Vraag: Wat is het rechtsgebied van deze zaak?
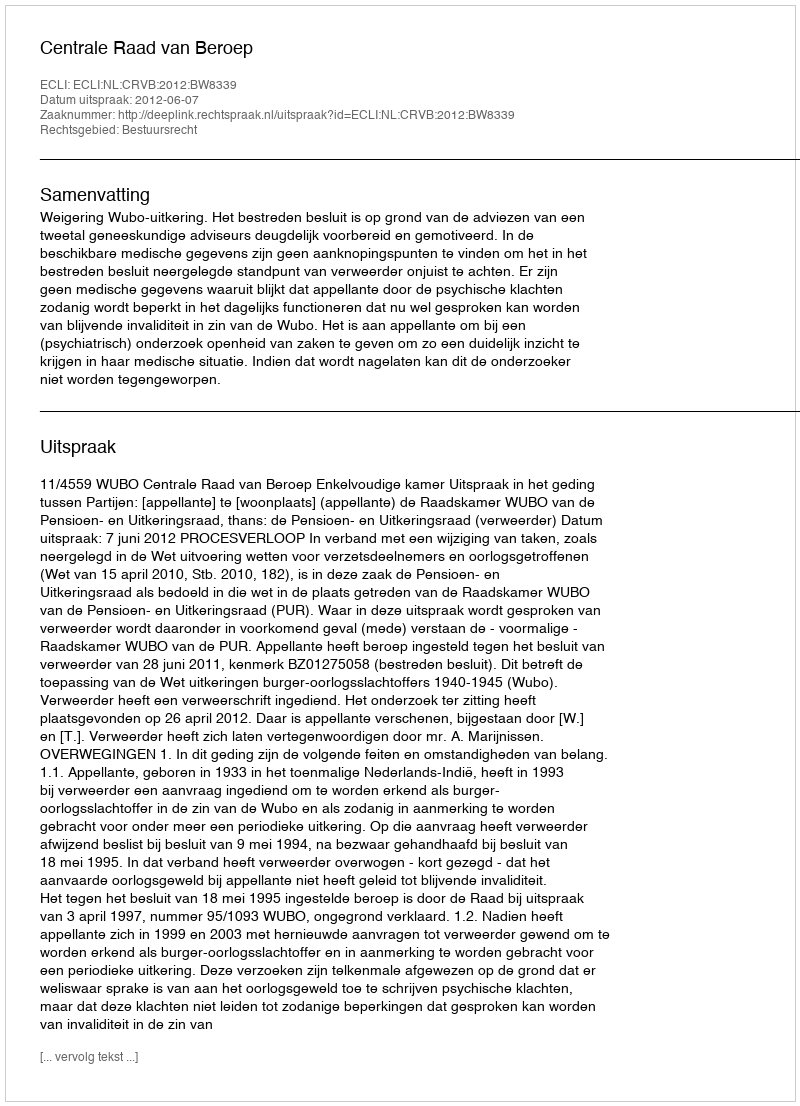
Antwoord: Bestuursrecht